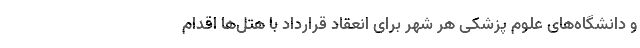
و دانشگاه‌های علوم پزشکی هر شهر برای انعقاد قرارداد با هتل‌ها اقدام